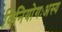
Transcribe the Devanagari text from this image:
विनियोगःअस्य